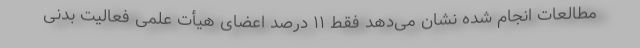
مطالعات انجام شده نشان می‌دهد فقط ۱۱ درصد اعضای هیأت علمی فعالیت بدنی